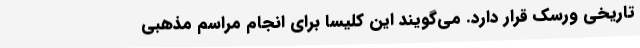
تاریخی ورسک قرار دارد. می‌گویند این کلیسا برای انجام مراسم مذهبی